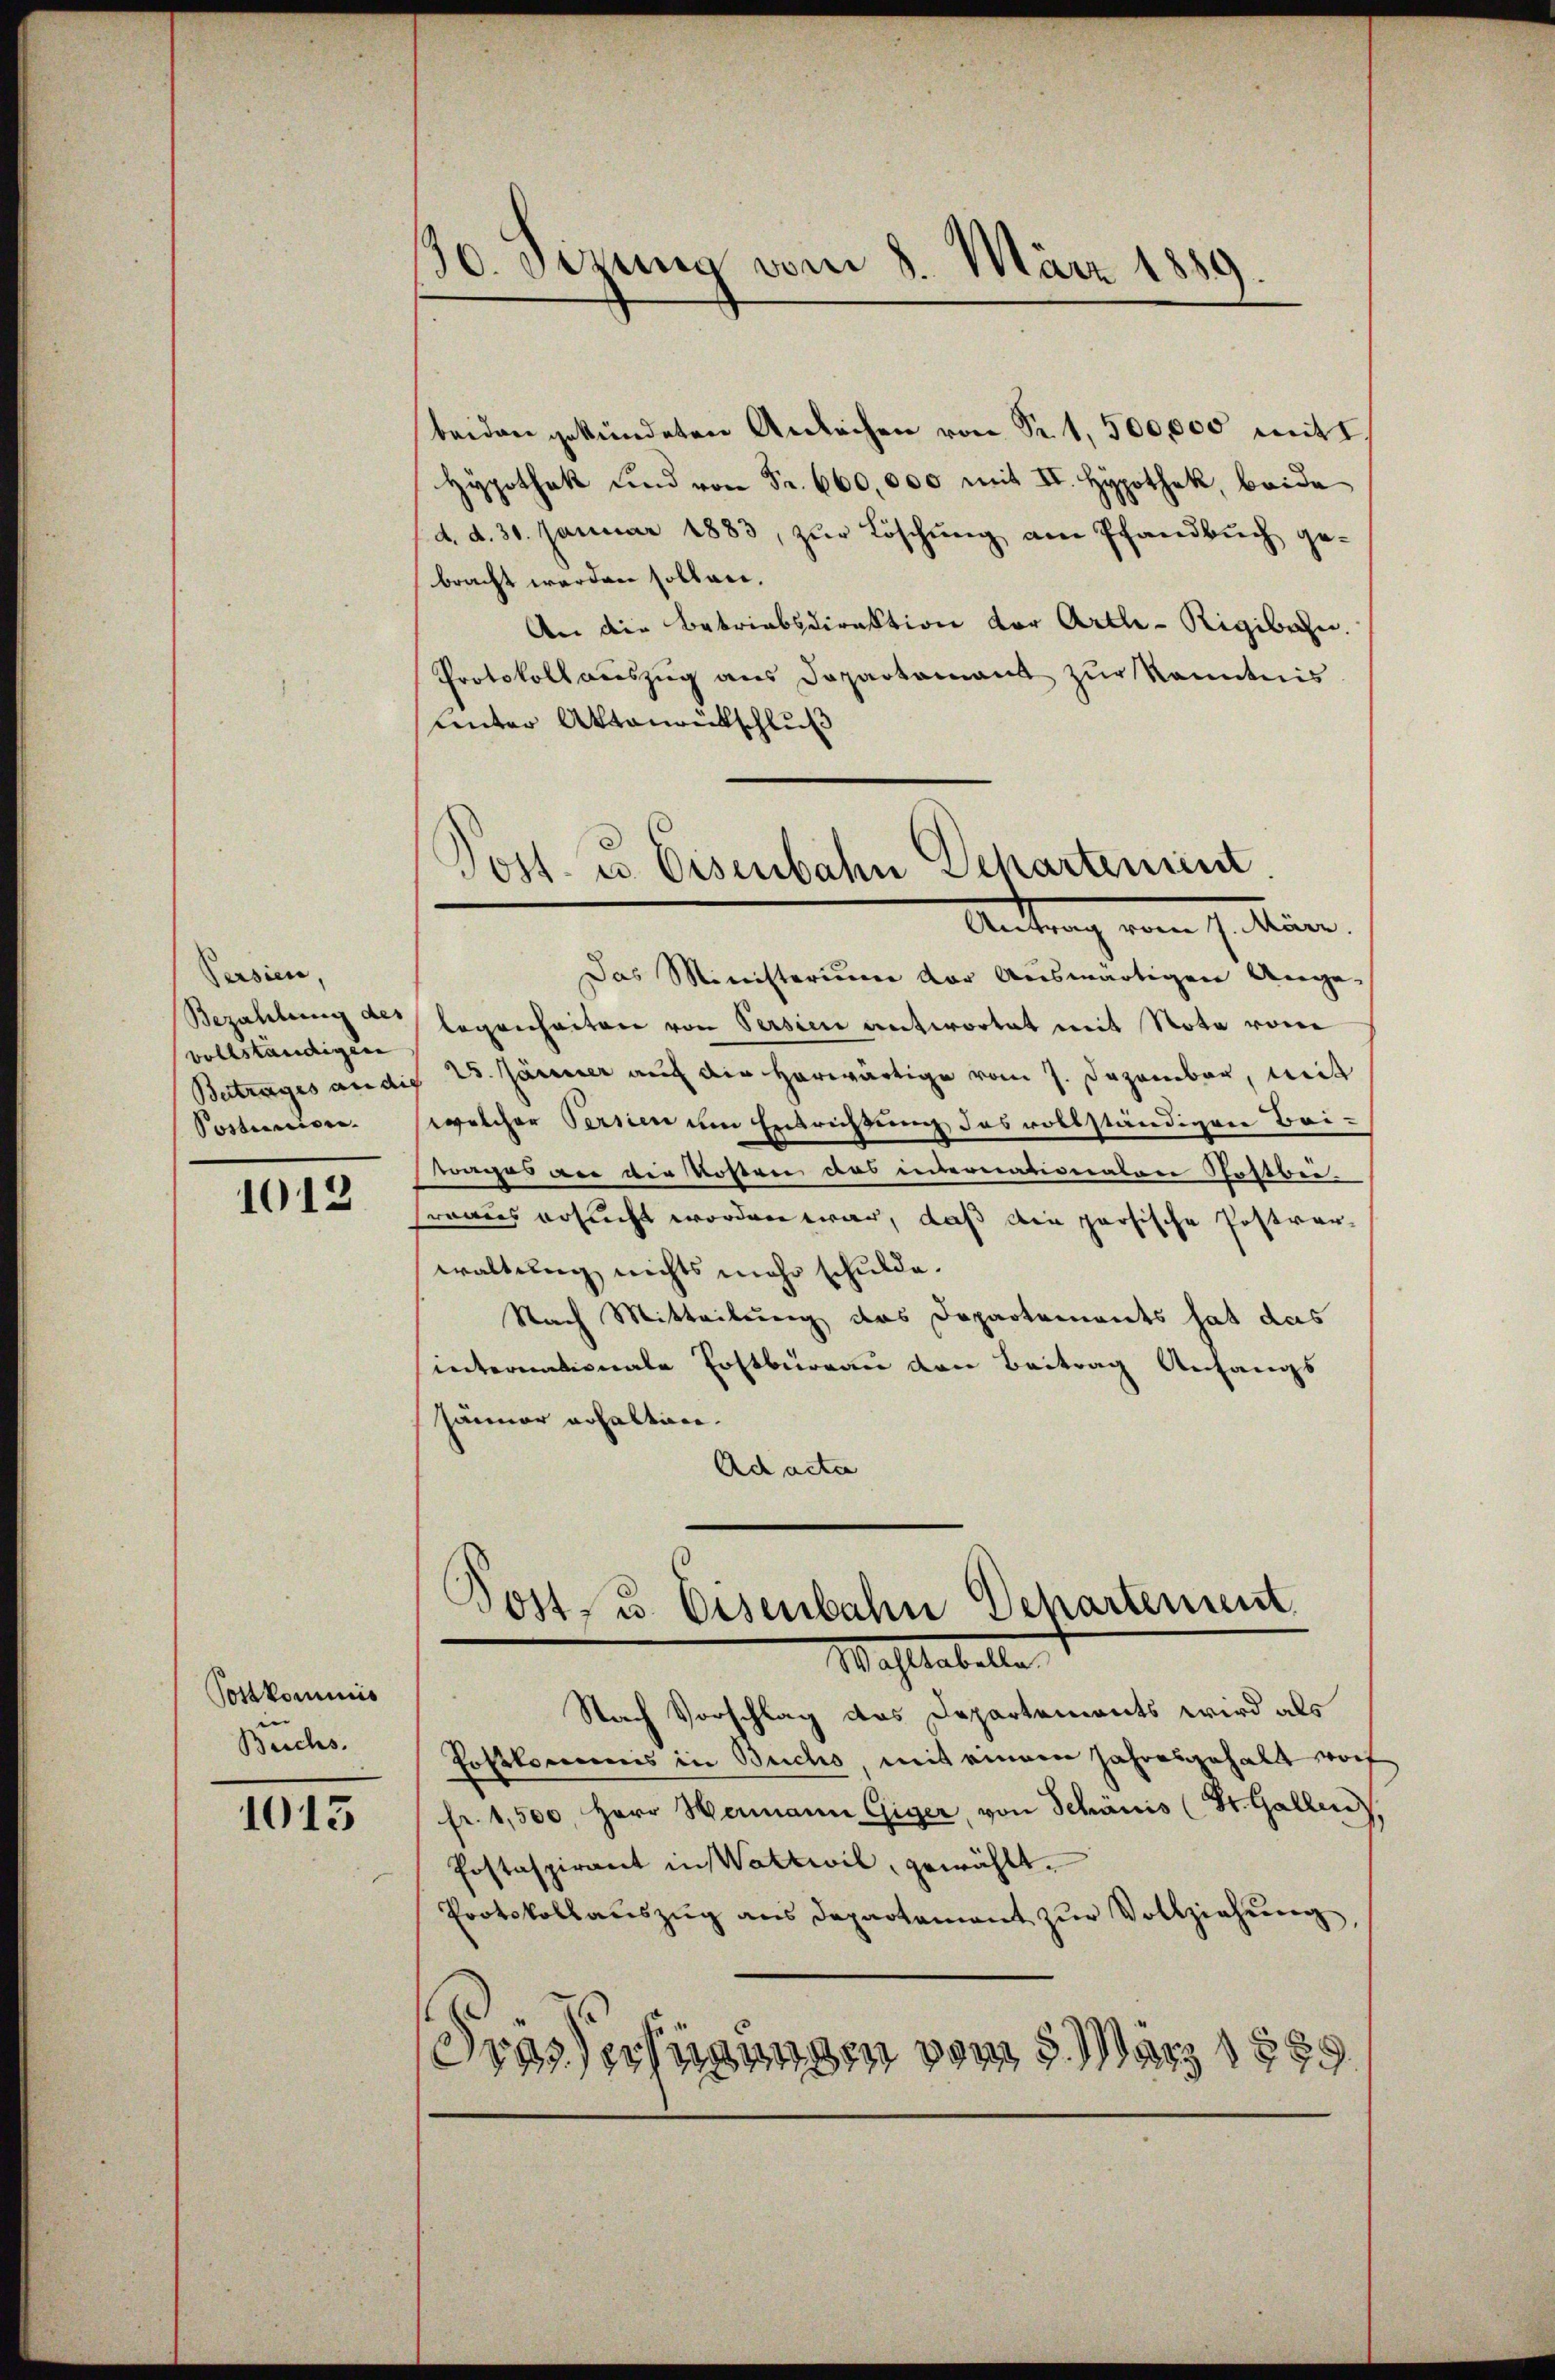
Persien,
vollständigen
Postension.

1013

beiden gekündeten Anleihen von Sr. 1,500,000 mitt
Hypothek und von Fr. 660,000 mit II. Hypothek, beide
d. d. 31. Januar 1883, zur Löschung am Pfandbuch gebracht werden sollen.
An die Betriebsdirektion vor Arth - Rigibahn.
Protokoll aŭszŭg ans Departamant zŭr Kenntnis
Unter Aktenrütschluß

Das Ministerium der Auswärtigen Ange¬
Bezahlung an legenheiten von Versien antwortet mit Note vom
Betrages andis 25. Jänner auf die herwärtige vom 7. Dezember, mit
welcher Serien um Entrichtung das vollständigen Bei-
mages an die Kosten das internationatore Stattbeireaus ersucht worden war, daß die parsische Postver-
waltung nichts mehr schulde.
Nach Mitteilung des Departements hat das
internationale Erstbüreau den Beitrag Anfangs
Jänner erhalten.
Ad acta

Postkommis
Beichs.

1013

130. Sizung vom 8. März 1889.

Post. u. Eisenbahn Departement
Antrag vom I. Min.

Post- u. Eisenbahn Departement.
Wahlabelle

Nach Vorschlag des Departements wird als
Postkommis in Buchs, mit einem Jahresgehalt wort
fr. 1,500, Herr Hermann Giger, von Schanis (St. Gallen,
Postaspirant in Wattwil, gewählt.
Protokollauszug aus Departement zur Vollziehung,
Trasserfügungen vom 5. März 1889